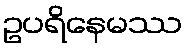
ဥပရိနေမဿ